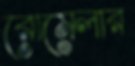
রোমেলার